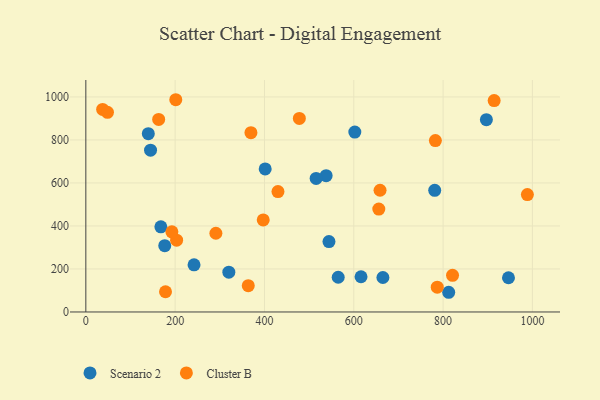
{"axis": {"x": "Ad Spend", "y": "Exam Score"}, "legend": ["Cluster B", "Scenario 2"], "data": [{"x": "781.2", "y": 565.7, "type": "Scenario 2"}, {"x": "896.9", "y": 894.1, "type": "Scenario 2"}, {"x": "812.5", "y": 91.6, "type": "Scenario 2"}, {"x": "242.3", "y": 219.2, "type": "Scenario 2"}, {"x": "176.7", "y": 308.5, "type": "Scenario 2"}, {"x": "139.9", "y": 829.2, "type": "Scenario 2"}, {"x": "544.4", "y": 327.3, "type": "Scenario 2"}, {"x": "401.6", "y": 665.2, "type": "Scenario 2"}, {"x": "565.1", "y": 161.5, "type": "Scenario 2"}, {"x": "665.2", "y": 160.4, "type": "Scenario 2"}, {"x": "168.0", "y": 395.8, "type": "Scenario 2"}, {"x": "946.4", "y": 159.1, "type": "Scenario 2"}, {"x": "538.1", "y": 633.7, "type": "Scenario 2"}, {"x": "602.3", "y": 836.4, "type": "Scenario 2"}, {"x": "616.2", "y": 163.7, "type": "Scenario 2"}, {"x": "515.7", "y": 620.8, "type": "Scenario 2"}, {"x": "144.9", "y": 752.5, "type": "Scenario 2"}, {"x": "320.2", "y": 184.9, "type": "Scenario 2"}, {"x": "397.2", "y": 428.2, "type": "Cluster B"}, {"x": "203.3", "y": 334.1, "type": "Cluster B"}, {"x": "201.4", "y": 987.0, "type": "Cluster B"}, {"x": "430.2", "y": 559.8, "type": "Cluster B"}, {"x": "291.2", "y": 366.0, "type": "Cluster B"}, {"x": "656.0", "y": 478.4, "type": "Cluster B"}, {"x": "37.6", "y": 941.9, "type": "Cluster B"}, {"x": "192.7", "y": 372.6, "type": "Cluster B"}, {"x": "914.3", "y": 983.2, "type": "Cluster B"}, {"x": "163.1", "y": 895.3, "type": "Cluster B"}, {"x": "786.9", "y": 115.5, "type": "Cluster B"}, {"x": "821.1", "y": 170.5, "type": "Cluster B"}, {"x": "478.1", "y": 899.9, "type": "Cluster B"}, {"x": "988.7", "y": 546.1, "type": "Cluster B"}, {"x": "48.5", "y": 928.4, "type": "Cluster B"}, {"x": "369.7", "y": 833.8, "type": "Cluster B"}, {"x": "363.7", "y": 122.4, "type": "Cluster B"}, {"x": "782.7", "y": 796.9, "type": "Cluster B"}, {"x": "178.4", "y": 94.1, "type": "Cluster B"}, {"x": "658.8", "y": 566.1, "type": "Cluster B"}]}